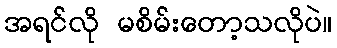
အရင်လို မစိမ်းတော့သလိုပဲ။